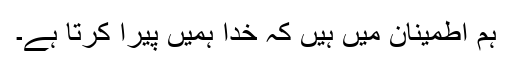
ہم اطمینان میں ہیں کہ خدا ہمیں پیرا کرتا ہے۔